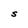
Character: S